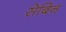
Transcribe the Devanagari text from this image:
सेबिन